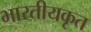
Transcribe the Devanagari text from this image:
भारतीयकृत